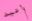
وأعيد